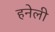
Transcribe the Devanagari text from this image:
हनेली